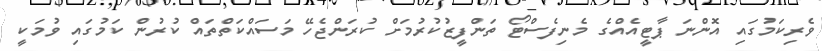
ވެރިކަމުގައި އޮންނަ ޕާޓީއެއްގެ މެނިފެސްޓޯ ތަންފީޒުކުރުމަށް ކުރަންޖެހޭ މަސައްކަތްތައް ކުރުން ކަމުގައި ވުމަކީ